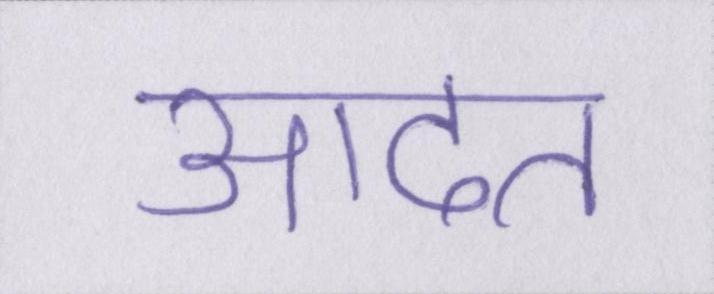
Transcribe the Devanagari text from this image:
आदत